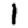
Digit: 1